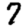
Digit: 7